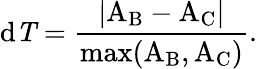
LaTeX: \mathrm{{d}\mathit{T}=\frac{|A_{\mathrm{B}}-A_{\mathrm{C}}|}{\operatorname*{max}(A_{\mathrm{B}},A_{\mathrm{C}})}.}